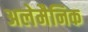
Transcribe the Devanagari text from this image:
अलेमैनिक